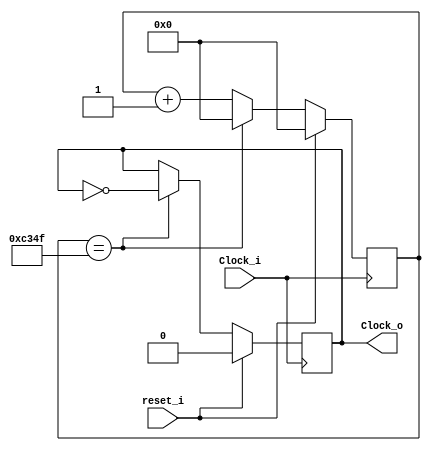
`timescale 1ns / 1ps
//////////////////////////////////////////////////////////////////////////////////
// Company: 
// Engineer: 
// 
// Design Name: 
// Module Name:    DivisorFrecuencia 
// Project Name: 
// Target Devices: 
// Tool versions: 
// Description: 
//
// Dependencies: 
//
// Revision: 
// Revision 0.01 - File Created
// Additional Comments: 
//
//////////////////////////////////////////////////////////////////////////////////
module DivisorFrecuencia(
 input wire Clock_i,reset_i, //se define una seal de reloj de entrada, corresponde al Clock de la Nexys, 100MHz
 (* BUFFER_TYPE="BUFG" *)output reg Clock_o //se define una seal de salidad de reloj, con la nueva frecuencia  
    );
 
 reg [15:0] contador ; //se define un reg llamado contador para truncar la seal del Clock de Nexys cuando llegue




always @(posedge Clock_i) //Especificamos la transicin deseada, en cada flanco positivo de la seal  
 begin
 if (reset_i) // si reset en alto entonces
 begin
	contador<=16'd0; // se reinicia el contador
	Clock_o <=1'b0; // la salida del nuevo reloj se establece a nivel bajo
	end
	else
	begin
      if (contador == 16'd49_999 )//si contador llega a 32050 el contador salta a cero y de esa forma se trunca al valor deseado
		  begin                   
			contador <=16'd0;      // se reinicia el contador
		   Clock_o <= ~Clock_o;// se niega el clock de salida para que pase a 1 
			end 
		else //en caso contrario
		   contador <= contador + 1'b1; //se actualiza el estado del contador
 
  end 
  end
endmodule